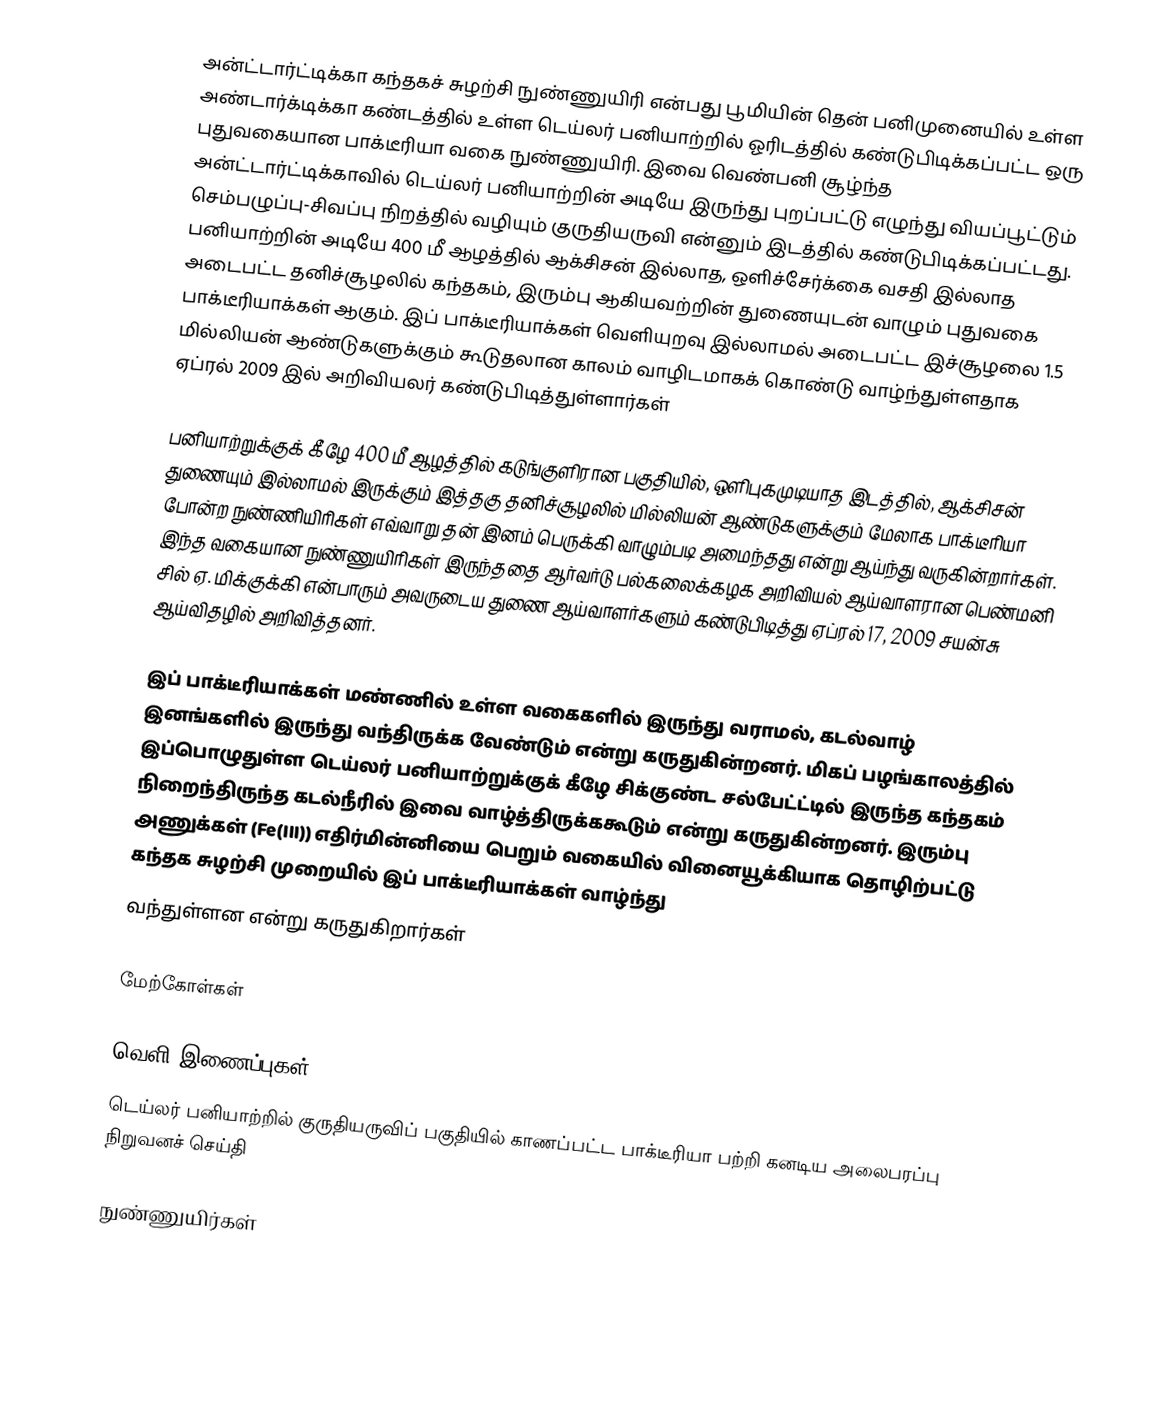
அன்ட்டார்ட்டிக்கா கந்தகச் சுழற்சி நுண்ணுயிரி என்பது பூமியின் தென் பனிமுனையில் உள்ள அண்டார்க்டிக்கா கண்டத்தில் உள்ள டெய்லர் பனியாற்றில் ஓரிடத்தில் கண்டுபிடிக்கப்பட்ட ஒரு புதுவகையான பாக்டீரியா வகை நுண்ணுயிரி. இவை வெண்பனி சூழ்ந்த அன்ட்டார்ட்டிக்காவில் டெய்லர் பனியாற்றின் அடியே இருந்து புறப்பட்டு எழுந்து வியப்பூட்டும் செம்பழுப்பு-சிவப்பு நிறத்தில் வழியும் குருதியருவி என்னும் இடத்தில் கண்டுபிடிக்கப்பட்டது. பனியாற்றின் அடியே 400 மீ ஆழத்தில் ஆக்சிசன் இல்லாத, ஒளிச்சேர்க்கை வசதி இல்லாத அடைபட்ட தனிச்சூழலில் கந்தகம், இரும்பு ஆகியவற்றின் துணையுடன் வாழும் புதுவகை பாக்டீரியாக்கள் ஆகும். இப் பாக்டீரியாக்கள்  வெளியுறவு இல்லாமல் அடைபட்ட இச்சூழலை 1.5 மில்லியன் ஆண்டுகளுக்கும் கூடுதலான காலம் வாழிடமாகக் கொண்டு வாழ்ந்துள்ளதாக ஏப்ரல் 2009 இல்  அறிவியலர் கண்டுபிடித்துள்ளார்கள்

பனியாற்றுக்குக் கீழே 400 மீ ஆழத்தில் கடுங்குளிரான பகுதியில், ஒளிபுகமுடியாத இடத்தில், ஆக்சிசன் துணையும் இல்லாமல் இருக்கும் இத்தகு தனிச்சூழலில் மில்லியன் ஆண்டுகளுக்கும் மேலாக பாக்டீரியா போன்ற நுண்ணியிரிகள் எவ்வாறு தன் இனம் பெருக்கி வாழும்படி அமைந்தது என்று ஆய்ந்து வருகின்றார்கள். இந்த வகையான நுண்ணுயிரிகள் இருந்ததை ஆர்வர்டு பல்கலைக்கழக அறிவியல் ஆய்வாளரான பெண்மனி சில் ஏ. மிக்குக்கி என்பாரும் அவருடைய துணை ஆய்வாளர்களும் கண்டுபிடித்து ஏப்ரல் 17, 2009 சயன்சு ஆய்விதழில் அறிவித்தனர்.

இப் பாக்டீரியாக்கள் மண்ணில் உள்ள வகைகளில் இருந்து வராமல், கடல்வாழ் இனங்களில் இருந்து வந்திருக்க வேண்டும் என்று கருதுகின்றனர். மிகப் பழங்காலத்தில் இப்பொழுதுள்ள டெய்லர் பனியாற்றுக்குக் கீழே சிக்குண்ட சல்பேட்ட்டில் இருந்த கந்தகம் நிறைந்திருந்த கடல்நீரில் இவை வாழ்த்திருக்ககூடும் என்று கருதுகின்றனர். இரும்பு அணுக்கள் (Fe(III)) எதிர்மின்னியை பெறும் வகையில் வினையூக்கியாக தொழிற்பட்டு கந்தக சுழற்சி முறையில் இப் பாக்டீரியாக்கள் வாழ்ந்து
வந்துள்ளன என்று கருதுகிறார்கள்

மேற்கோள்கள்

வெளி இணைப்புகள்
டெய்லர் பனியாற்றில் குருதியருவிப் பகுதியில் காணப்பட்ட பாக்டீரியா பற்றி கனடிய அலைபரப்பு நிறுவனச் செய்தி

நுண்ணுயிர்கள்